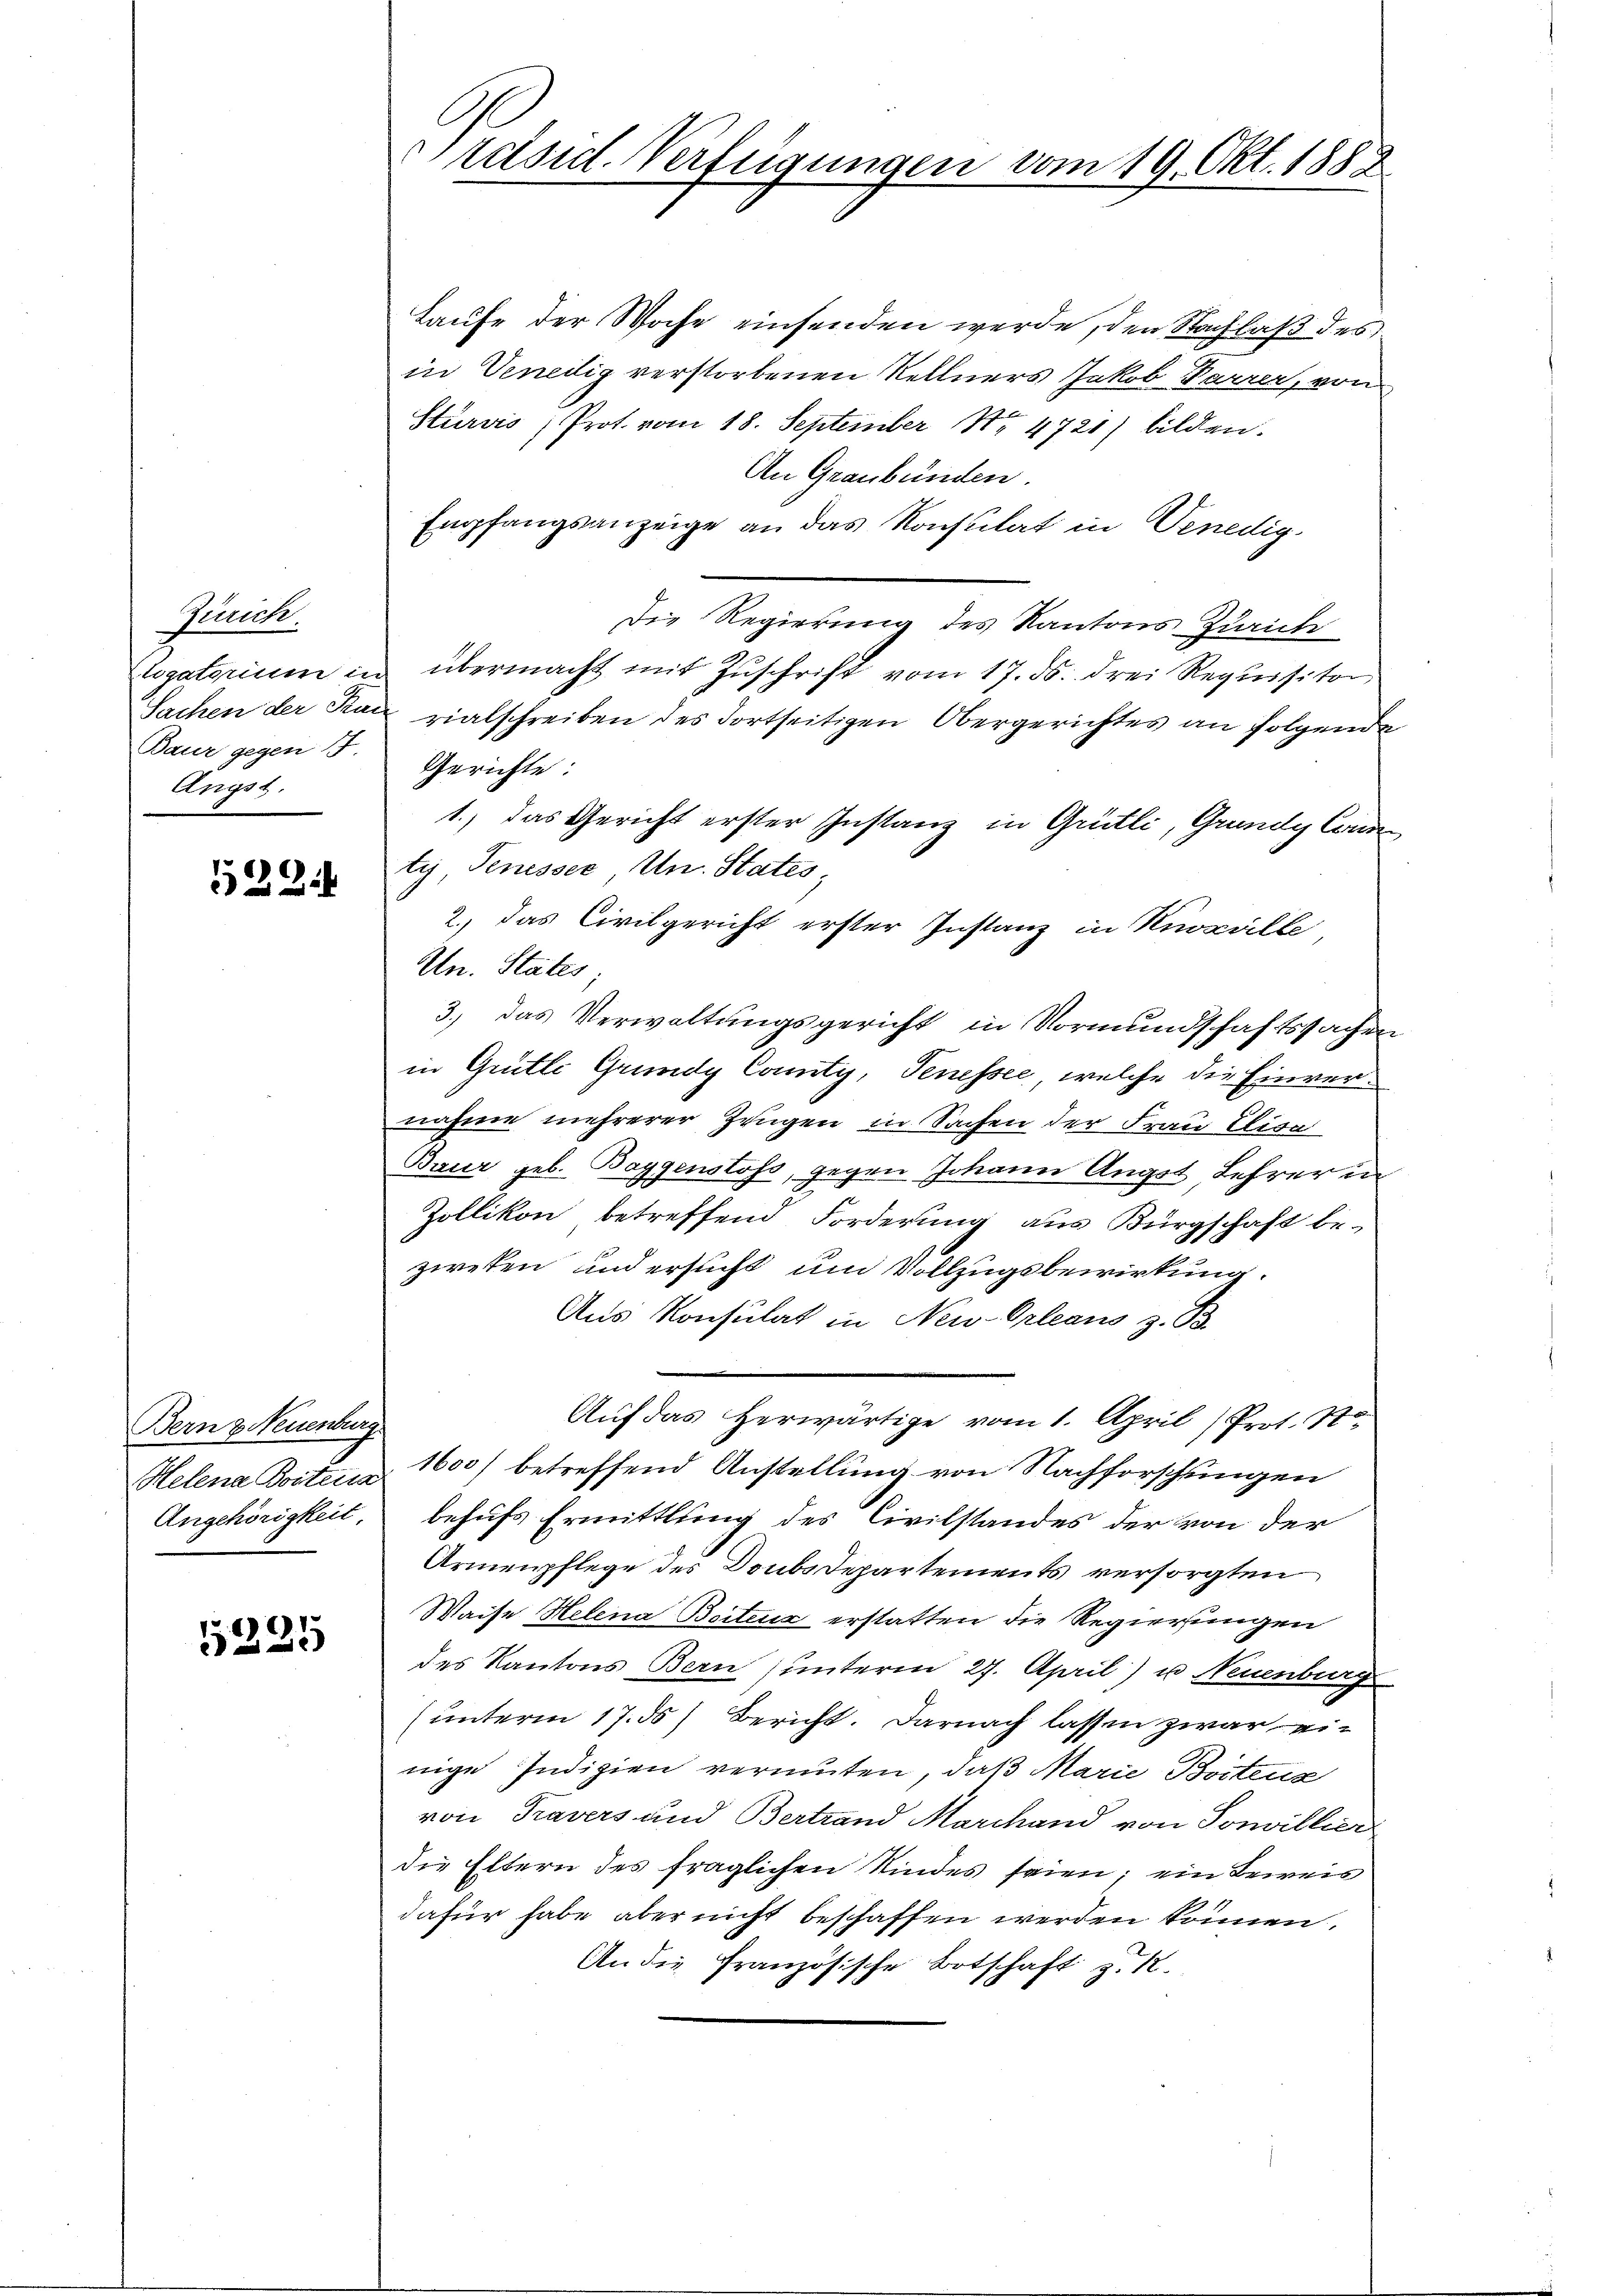
Zürich.
ligatorium in
Sachen der Kur
Baur gegen 15
Ängst.

529.

Bern & Neuenburg
Helena Bostena
Angehörigkeit,

5225

Präsid. Verfügungen vom 19. Okt. 1888

Laufe der Woche einsenden werde, den Nachlaß des
in Venedig verstorbenen Sellners Jakob Parrer, von
Sturvis; Prot. vom 18. September Nr. 4721) bilden.
An Graubünden.
Empfangsanzeige an das Konsulat in Venedig
Die Regierung des Kantons-Zürich
übermacht mit Zuschrift vom 17. ds. drei Requisitor,
rialschreiben des dortseitigen Obergerichtes an folgende
Gerichte:
1.) das Gericht erster Instanz in Grütli, Grundy Comm
ty Tenesser Un. States,
2.) Das Civilgericht erster Instanz in Knorrille
Un. States
3.) das Verwaltungsgericht in Vormundschaftssachen
in Grütli Grundy County, Penessee, welche die Einvernahme mehrerer Zeugen in Sachen der Frau Elisa
Baur geb. Baggenstoss, gegen Johann Angst Lehrer in
Zollikon betreffend Forderung aus Bürgschaft be-
zweken und ersucht um Vollzugsbewirkung.
Aus Konsulat in New-Orleans z. B.
Auf das herwärtige vom 1. April) Prot. N
1600) betreffend Anstellung von Nachforschungen
behufs Ermittlung des Civilstandes der von der
Armenpflege des Doubsdepartements versorgten
Waise Helena Beitens erstatten die Regierungen
des Kantons Bern (unterm 27. April) u Neuenburg
(unterm 17. ds Bericht. Darnach lassen zwar einige Indizien vermuten, daß Marie Bostenz
von Travers und Bertrand Marchand von Sonvillier
die Eltern des fraglichen Kindes seien; ein Beweis
dafür habe aber nicht beschaffen werden können.
An die Französische Botschaft z. 12.